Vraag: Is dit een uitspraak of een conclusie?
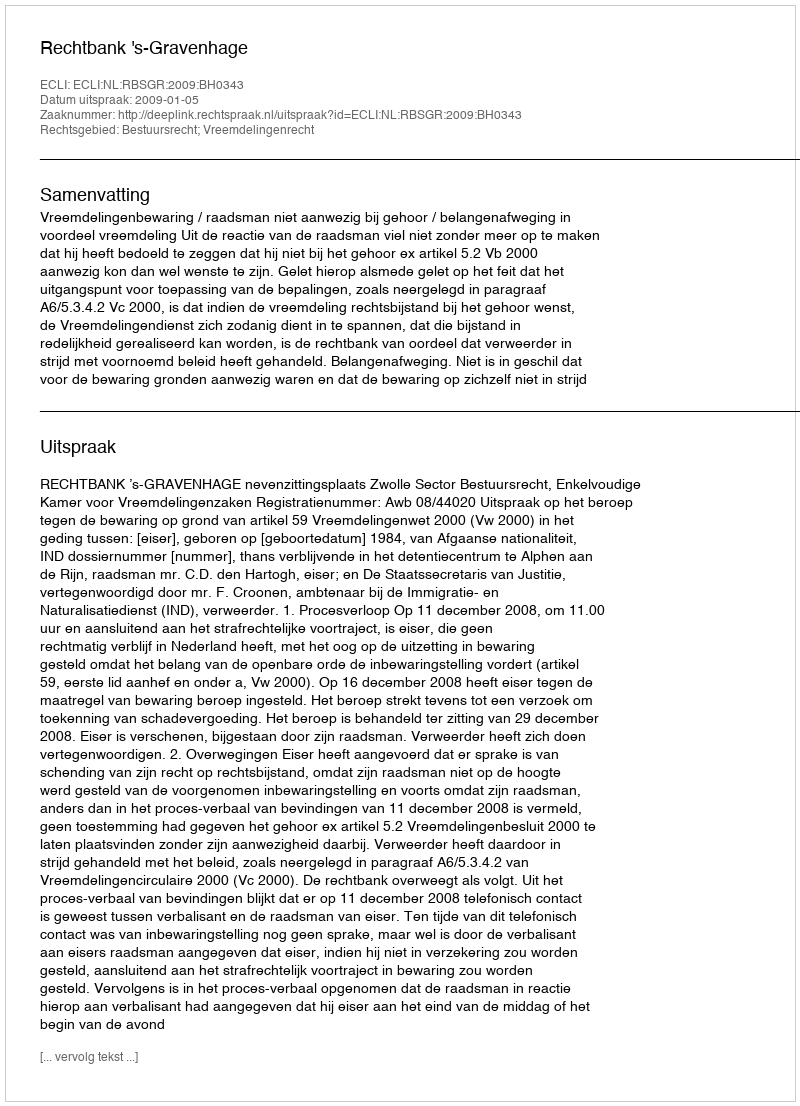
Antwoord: Uitspraak